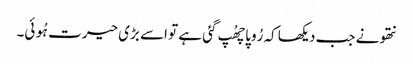
نتھو نے جب دیکھا کہ رُوپا چھُپ گئی ہے تو اسے بڑی حیرت ہُوئی۔